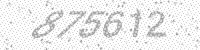
Solution: 875612